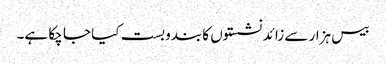
بیس ہزار سے زائد نشستوں کا بندوبست کیا جا چکا ہے۔